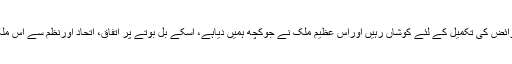
ابھی وقت ہے کہ ہم سب اپنے حقوق کے ساتھ ساتھ اپنے فرائض کی تکمیل کے لئے کوشاں رہیں اوراس عظیم ملک نے جوکچھ ہمیں دیاہے، اسکے بل بوتے پر اتفاق، اتحاد اورنظم سے اس ملک کو وہ سب کچھ دیں، جس کی اس ملک کوضرورت ہے۔